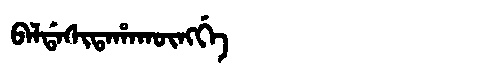
Manchu: ᠪᠠᠯᡩᠠᠰᡳᡨᠠᡥᠠᡴᡡᠩᡤᡝ
Romanization: BALDASITAHAKŪNGGE